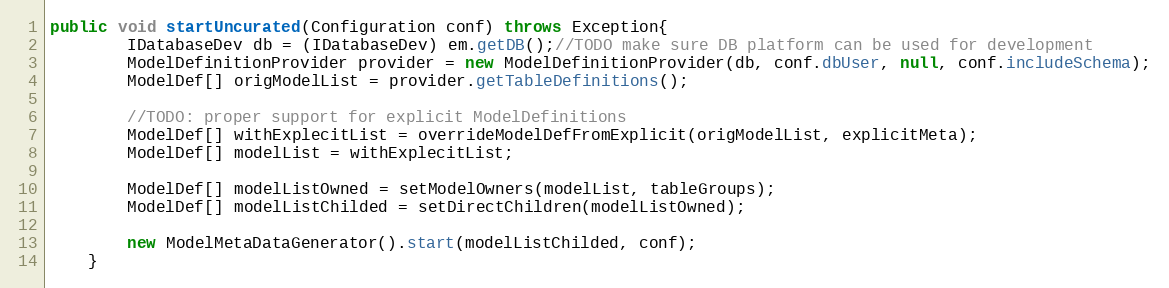
Language: Java
public void startUncurated(Configuration conf) throws Exception{
		IDatabaseDev db = (IDatabaseDev) em.getDB();//TODO make sure DB platform can be used for development
		ModelDefinitionProvider provider = new ModelDefinitionProvider(db, conf.dbUser, null, conf.includeSchema);
		ModelDef[] origModelList = provider.getTableDefinitions();

		//TODO: proper support for explicit ModelDefinitions
		ModelDef[] withExplecitList = overrideModelDefFromExplicit(origModelList, explicitMeta);
		ModelDef[] modelList = withExplecitList;

		ModelDef[] modelListOwned = setModelOwners(modelList, tableGroups);
		ModelDef[] modelListChilded = setDirectChildren(modelListOwned);

		new ModelMetaDataGenerator().start(modelListChilded, conf);
	}